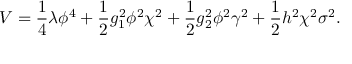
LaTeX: V = { \frac { 1 } { 4 } } \lambda \phi ^ { 4 } + { \frac { 1 } { 2 } } g _ { 1 } ^ { 2 } \phi ^ { 2 } \chi ^ { 2 } + { \frac { 1 } { 2 } } g _ { 2 } ^ { 2 } \phi ^ { 2 } \gamma ^ { 2 } + { \frac { 1 } { 2 } } h ^ { 2 } \chi ^ { 2 } \sigma ^ { 2 } .